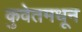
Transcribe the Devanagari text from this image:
कुवेतमधून